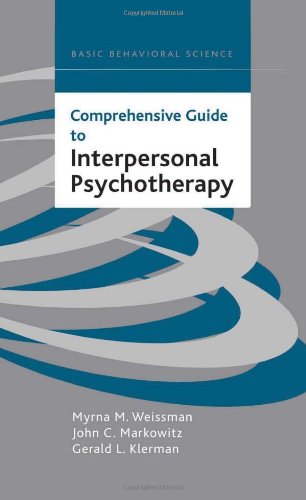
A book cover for Comprehensive Guide To Interpersonal Psychotherapy; Myrna M. Weissman; Medical Books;